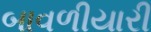
બાવળીયારી